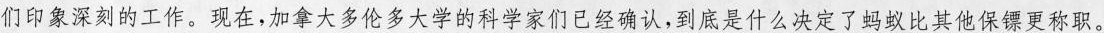
们印象深刻的工作。现在，加拿大多伦多大学的科学家们已经确认，到底是什么决定了蚂蚁比其他保镖更称职。